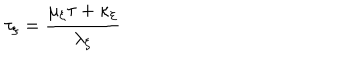
\tau _ { \xi } = \frac { \mu _ { \xi } \tau + \kappa _ { \xi } } { \lambda _ { \xi } }